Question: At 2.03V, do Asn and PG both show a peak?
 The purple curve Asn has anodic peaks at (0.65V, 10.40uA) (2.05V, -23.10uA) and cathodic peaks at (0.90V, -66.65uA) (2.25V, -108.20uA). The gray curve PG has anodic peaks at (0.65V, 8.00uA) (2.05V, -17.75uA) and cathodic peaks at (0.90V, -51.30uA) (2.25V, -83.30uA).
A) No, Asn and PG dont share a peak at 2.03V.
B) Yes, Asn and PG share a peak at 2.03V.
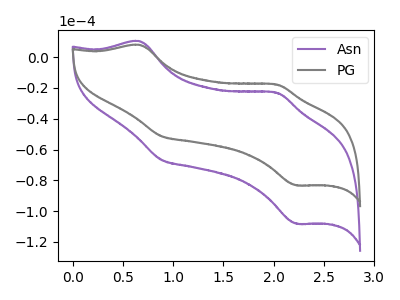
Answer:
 <answer>B) Yes, "Asn" and "PG" share a peak at 2.03V.</answer>
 <eval>B</eval>